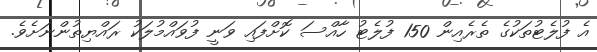
އެ ފުލެޓުތަކުގެ ތެރެއިން 150 ފުލެޓު ހާއްސަ ކޮށްފައި ވަނީ ފުވައްމުލަކު ރައްޔިތުންނަށެވެ.